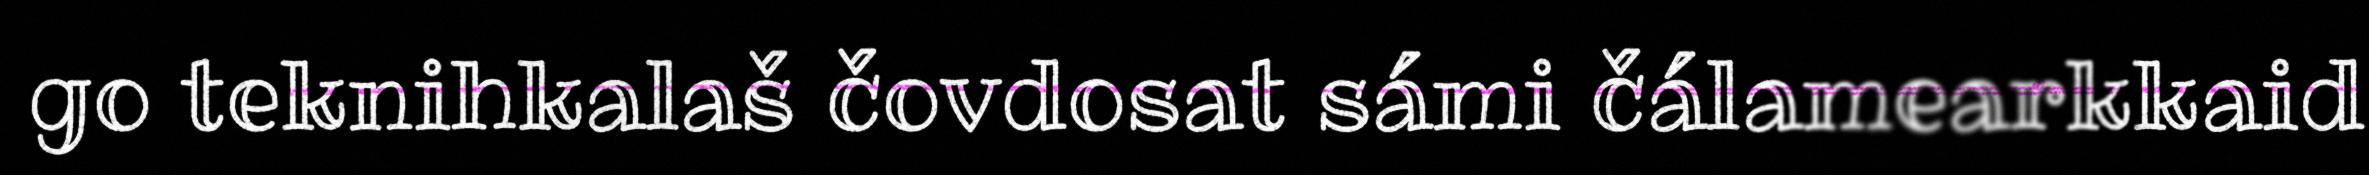
go teknihkalaš čovdosat sámi čálamearkkaid